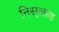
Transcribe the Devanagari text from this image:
निस्र्त्साह